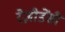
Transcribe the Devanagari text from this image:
रेज़ीडेंसी